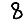
Digit: 8